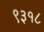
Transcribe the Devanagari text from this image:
९३१८